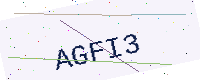
Text: AGFI3